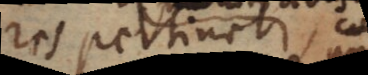
res pertinet,